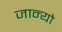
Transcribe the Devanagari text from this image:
जान्यो